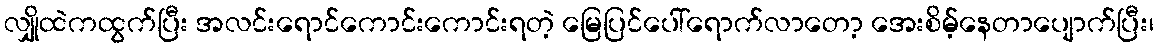
လျှိုထဲကထွက်ပြီး အလင်းရောင်ကောင်းကောင်းရတဲ့ မြေပြင်ပေါ်ရောက်လာတော့ အေးစိမ့်နေတာပျောက်ပြီး၊